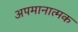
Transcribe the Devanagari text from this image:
अपमानात्मक